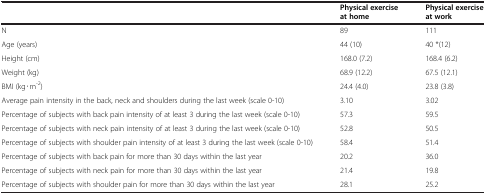
<table><thead><tr><td><b> </b></td><td><b>Physical exercise at home</b></td><td><b>Physical exercise at work</b></td></tr></thead><tbody><tr><td>N</td><td>89</td><td>111</td></tr><tr><td>Age (years)</td><td>44 (10)</td><td>40 *(12)</td></tr><tr><td>Height (cm)</td><td>168.0 (7.2)</td><td>168.4 (6.2)</td></tr><tr><td>Weight (kg)</td><td>68.9 (12.2)</td><td>67.5 (12.1)</td></tr><tr><td>BMI (kg∙m<sup>-2</sup>)</td><td>24.4 (4.0)</td><td>23.8 (3.8)</td></tr><tr><td>Average pain intensity in the back, neck and shoulders during the last week (scale 0-10)</td><td>3.10</td><td>3.02</td></tr><tr><td>Percentage of subjects with back pain intensity of at least 3 during the last week (scale 0-10)</td><td>57.3</td><td>59.5</td></tr><tr><td>Percentage of subjects with neck pain intensity of at least 3 during the last week (scale 0-10)</td><td>52.8</td><td>50.5</td></tr><tr><td>Percentage of subjects with shoulder pain intensity of at least 3 during the last week (scale 0-10)</td><td>58.4</td><td>51.4</td></tr><tr><td>Percentage of subjects with back pain for more than 30 days within the last year</td><td>20.2</td><td>36.0</td></tr><tr><td>Percentage of subjects with neck pain for more than 30 days within the last year</td><td>21.4</td><td>19.8</td></tr><tr><td>Percentage of subjects with shoulder pain for more than 30 days within the last year</td><td>28.1</td><td>25.2</td></tr></tbody></table>